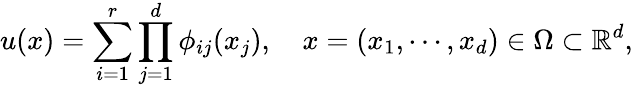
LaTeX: u(x)=\sum_{i=1}^{r}\prod_{j=1}^{d}\phi_{ij}(x_{j}),\quad x=(x_{1},\cdots,x_{d})\in\Omega\subset\mathbb{R}^{d},